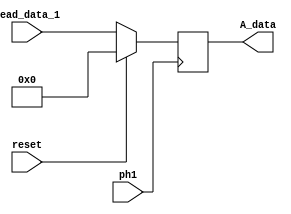
module A_reg (
    input           ph1, reset,
    input   [7:0]   Read_data_1,

    output  reg     [7:0]   A_data = 8'b00000000
);

    always @(posedge ph1) begin
		if (reset) begin
			A_data <= 8'b00000000;
		end else begin
			A_data <= Read_data_1;
		end
	end

endmodule